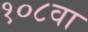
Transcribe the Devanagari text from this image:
१०८वा